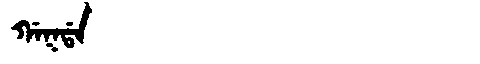
Manchu: ᡤᠠᡴᡩᠠ
Romanization: GAKDA